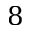
8